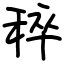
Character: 稡